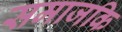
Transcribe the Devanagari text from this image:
समाजकि